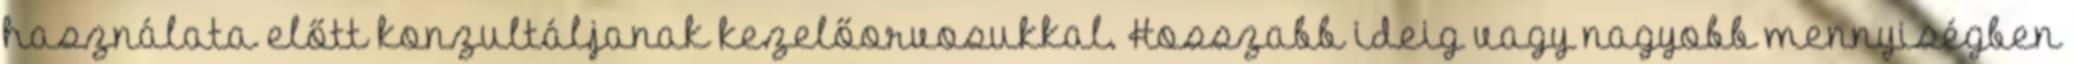
használata előtt konzultáljanak kezelőorvosukkal. Hosszabb ideig vagy nagyobb mennyiségben